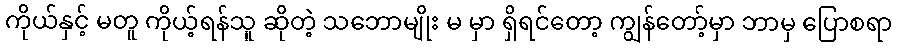
ကိုယ်နှင့် မတူ ကိုယ့်ရန်သူ ဆိုတဲ့ သဘောမျိုး မ မှာ ရှိရင်တော့ ကျွန်တော့်မှာ ဘာမှ ပြောစရာ